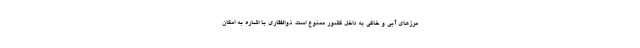
مرزهای آبی و خاکی به داخل کشور ممنوع است. ذوالفقاری با اشاره به امکان